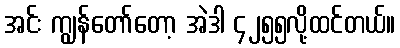
အင်း ကျွန်တော်တော့ အဲဒါ ၄၂၅၅လို့ထင်တယ်။